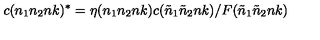
c ( n _ { 1 } n _ { 2 } n k ) ^ { * } = \eta ( n _ { 1 } n _ { 2 } n k ) c ( { \tilde { n } } _ { 1 } { \tilde { n } } _ { 2 } n k ) / F ( { \tilde { n } } _ { 1 } { \tilde { n } } _ { 2 } n k )